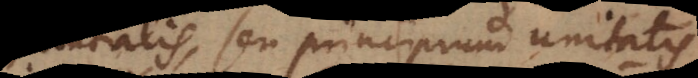
substantialis, seu principium unitatis